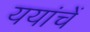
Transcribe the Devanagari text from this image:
ययांचें